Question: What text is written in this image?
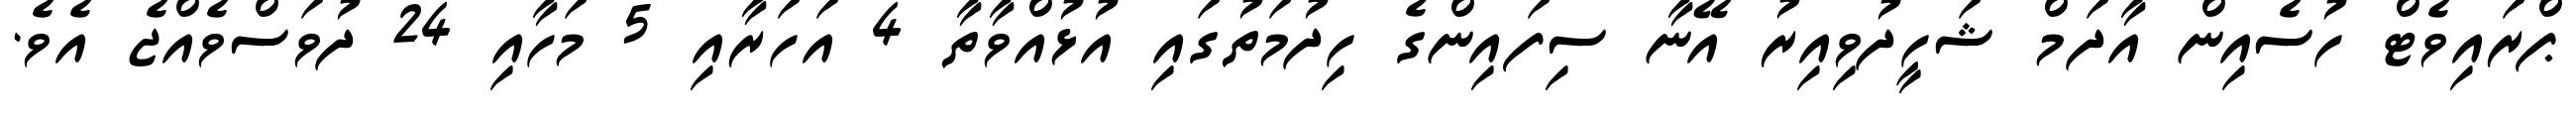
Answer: ޕްރައިވެޓް ހުސެއިން އާދަމް ޝަހީދުވިއިރު އޭނާ ސިފައިންގެ ހިދުމަތުގައި އުޅުއްވާތާ 4 އަހަރާއި 5 މަހާއި 24 ދުވަސްވެއްޖެ އެވެ.